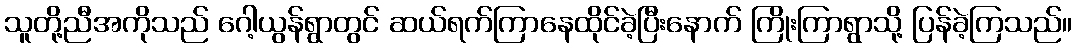
သူတို့ညီအကိုသည် ဂေါ့ယွန်ရွာတွင် ဆယ်ရက်ကြာနေထိုင်ခဲ့ပြီးနောက် ကြိုးကြာရွာသို့ ပြန်ခဲ့ကြသည်။